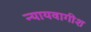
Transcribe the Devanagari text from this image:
न्यायवागीश